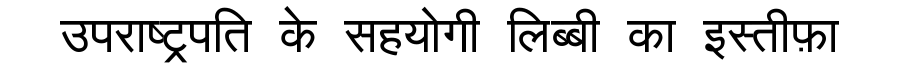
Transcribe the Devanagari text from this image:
उपराष्ट्रपति के सहयोगी लिब्बी का इस्तीफ़ा